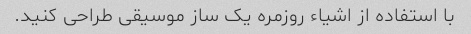
با استفاده از اشیاء روزمره یک ساز موسیقی طراحی کنید.